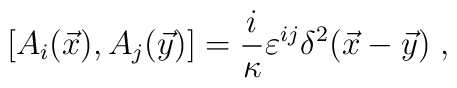
\left[A_{i}(\vec{x}), A_{j}(\vec{y})\right]=\frac{i}{\kappa}\varepsilon^{ij}\delta^{2}(\vec{x}-\vec{y})\;,